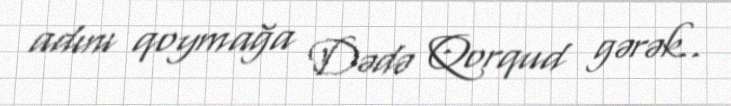
adını qoymağa Dədə Qorqud gərək..